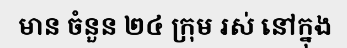
មាន ចំនួន ២៤ ក្រុម រស់ នៅក្នុង